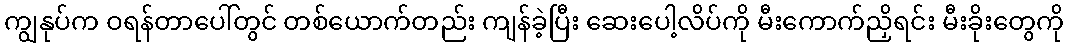
ကျွနုပ်က ဝရန်တာပေါ်တွင် တစ်ယောက်တည်း ကျန်ခဲ့ပြီး ဆေးပေါ့လိပ်ကို မီးကောက်ညှိရင်း မီးခိုးတွေကို